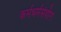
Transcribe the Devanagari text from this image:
कर्मधर्मसंयोग